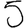
Digit: 5